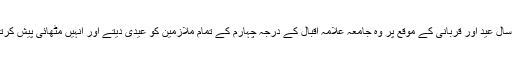
ہر سال عید اور قربانی کے موقع پر وہ جامعہ علامہ اقبال کے درجہ چہارم کے تمام ملازمین کو عیدی دیتے اور انہیں مٹھائی پیش کرتے۔